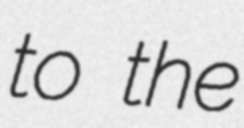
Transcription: to the